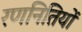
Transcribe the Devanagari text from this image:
रणनितियों